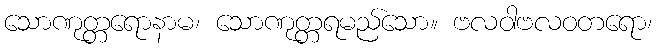
သောဏုတ္တရောနာမ၊ သောဏုတ္တရမည်သော။ ဗလဝါဗလဝတရော၊